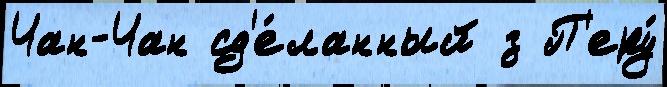
Чан-Чан сд'е́ланный з П'еру́